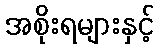
အစိုးရများနှင့်